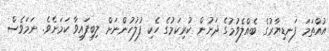
އުއްތަމަ ފަނޑިޔާރުގެ ބެއްލެވުމުގެ ދަށުން ކުރިކަމުގެ ހެކި ފުލުހުންނަށް ލިބިފައިވާ ކަމަށެވެ. ނަމަވެސް